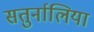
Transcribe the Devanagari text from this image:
सतुर्नालिया